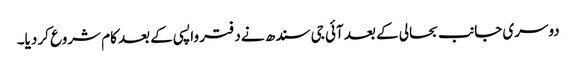
دوسری جانب بحالی کے بعد آئی جی سندھ نے دفتر واپسی کے بعد کام شروع کر دیا۔